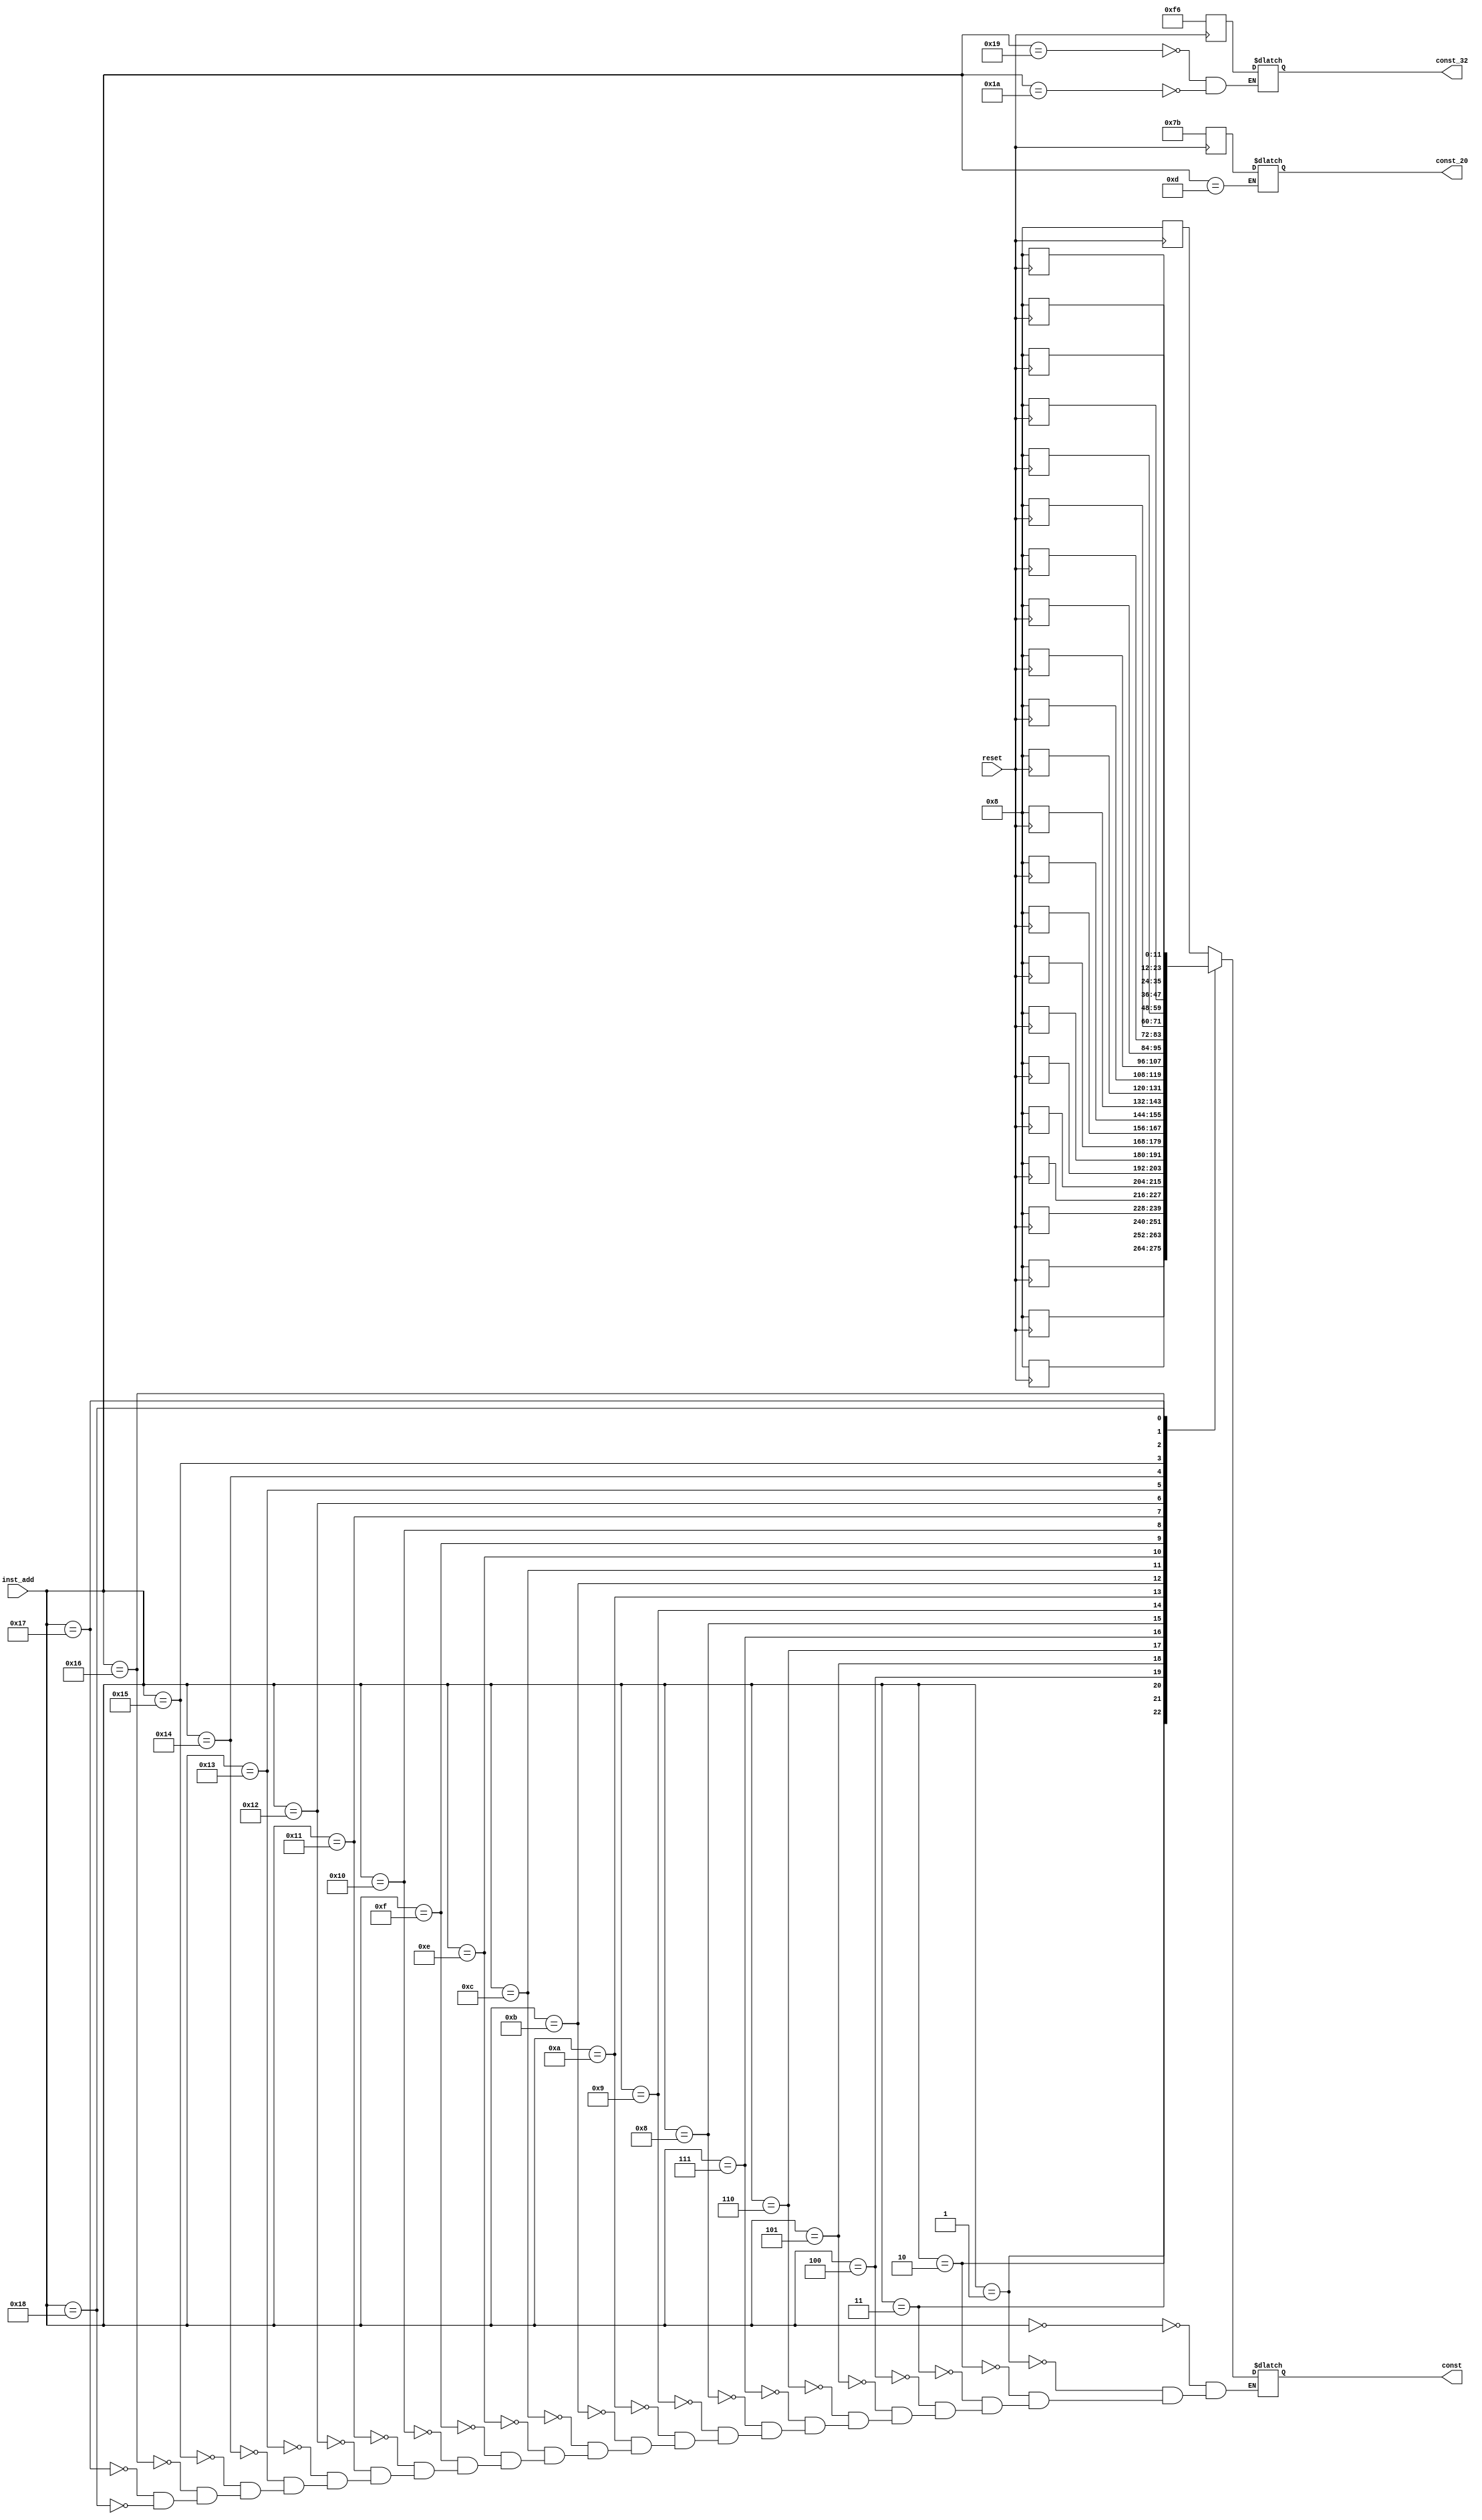
module constants(
    input reset,
    input [31:0] inst_add,
    output reg [11:0] const,
	 output reg [20:1] const_20,
	 output reg [31:0] const_32
);
	reg [11:0] memory [26:0];
   reg [20:1] jal_const;
	reg [31:0] U_const;
	
	// initializing memory
	always @(posedge reset)
	begin
		
	memory[0] = 8;
	memory[1] = 8;
	memory[2] = 8;
	memory[3] = 8;
	memory[4] = 8;
	memory[5] = 8; 
	memory[6] = 8;
	memory[7] = 8;
	memory[8] = 8;
	memory[9] = 8;
	memory[10] = 8;
	memory[11] = 8;
	memory[12] = 8;
	memory[13] = 8;
	memory[14] = 8;
	memory[15] = 8;
	memory[16] = 8;
	memory[17] = 8;
	memory[18] = 8;
	memory[19] = 8;
	memory[20] = 8;
	memory[21] = 8;
	memory[22] = 8;
	memory[23] = 8;
	memory[24] = 8;
	memory[25] = 8;
	memory[26] = 8;
	U_const = 246;
	jal_const = 123;
	end
	
	// assigning const based on corresponding instruction address
    always@(inst_add)
    begin
        case(inst_add)
		  0: const = memory[0];
		  1: const = memory[1];
		  2: const = memory[2];
		  3: const = memory[3];
		  4: const = memory[4];
		  5: const = memory[5];
		  6: const = memory[6];
		  7: const = memory[7];
		  8: const = memory[8];
		  9: const = memory[9];
		  10: const = memory[10];
		  11: const = memory[11];
		  12: const = memory[12];
		  13: const_20 = jal_const;
		  14: const = memory[14];
		  15: const = memory[15];
		  16: const = memory[16];
		  17: const = memory[17];
		  18: const = memory[18];
		  19: const = memory[19];
		  20: const = memory[20];
		  21: const = memory[21];
		  22: const = memory[22];
		  23: const = memory[23];
		  24: const = memory[24];
		  25: const_32 = U_const;
		  26: const_32 = U_const;
		  default:
		  $display("Error in input");
		  endcase
		  
    end

endmodule